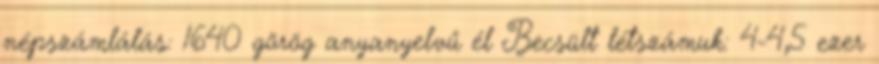
népszámlálás: 1640 görög anyanyelvű él Becsült létszámuk: 4-4,5 ezer